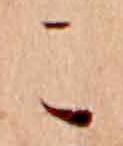
こ